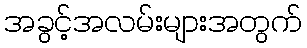
အခွင့်အလမ်းများအတွက်